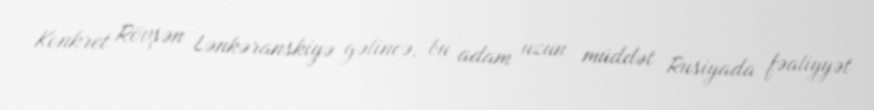
Konkret Rövşən Lənkəranskiyə gəlincə, bu adam uzun müddət Rusiyada fəaliyyət